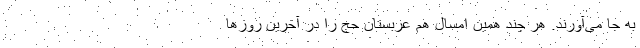
به‌ جا می‌آورند. هر چند همین امسال هم عربستان حج را در آخرین روزها